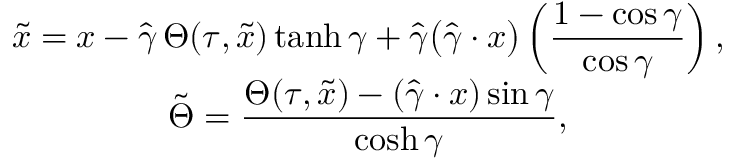
\begin{array} { c } { { \widetilde { x } = x - \displaystyle \hat { \gamma } \, { \Theta } ( \tau , \widetilde { x } ) \operatorname { t a n h } \gamma + \displaystyle \hat { \gamma } \big ( \displaystyle \hat { \gamma } \cdot x \big ) \left( \displaystyle \frac { 1 - \cos \gamma } { \cos \gamma } \right) , \hfill } } \\ { { \tilde { \Theta } = \displaystyle \frac { \Theta ( \tau , \widetilde { x } ) - ( \hat { \gamma } \cdot x ) \sin \gamma } { \cosh \gamma } , \hfill } } \end{array}